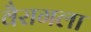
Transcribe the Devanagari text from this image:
वैरागला